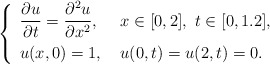
\begin{align*}\left\{ \renewcommand{\arraystretch}{1.5} \begin{array}{ll} \dfrac{\partial u}{\partial t} = \dfrac{\partial^2 u}{\partial x^2}, & \ x\in[0,2], \ t \in[0,1.2], \\ u(x,0)=1, & \ u(0,t)=u(2,t)=0. \end{array}\right.\end{align*}